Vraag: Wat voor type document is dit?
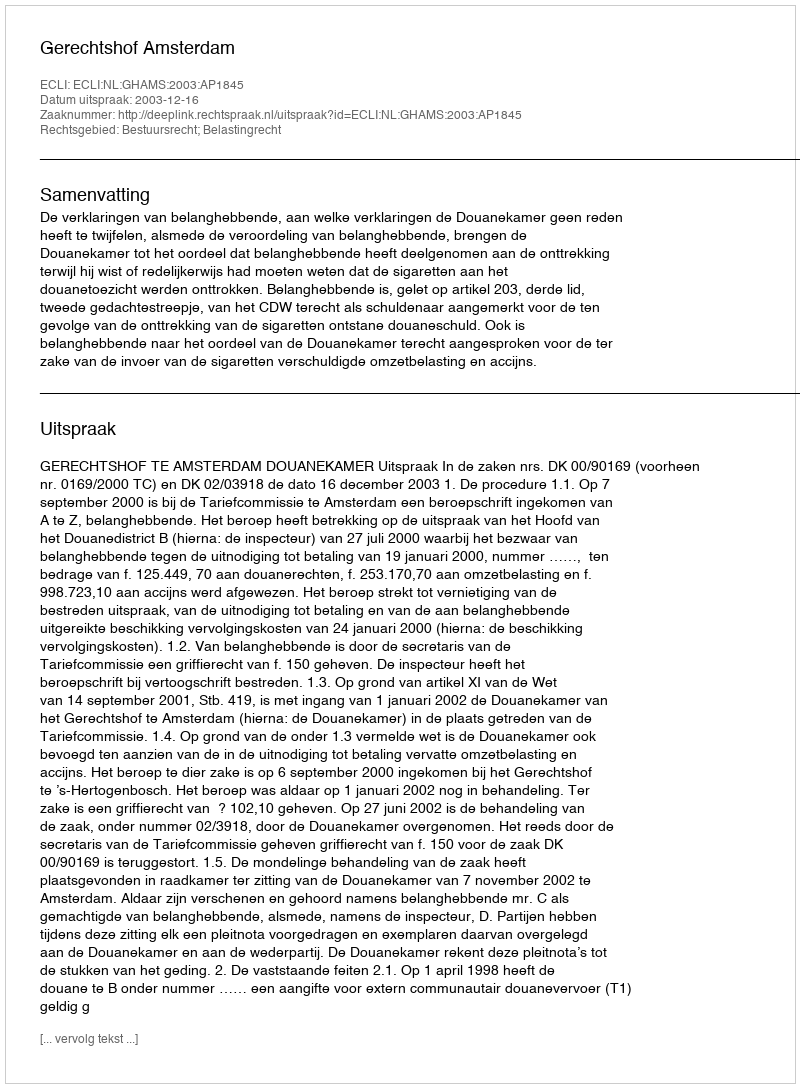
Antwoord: Uitspraak